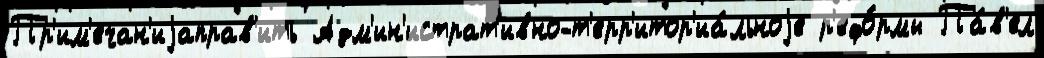
Пр'им'ечан'иjаправ'ить Адм'ин'истрат'ивно-т'ерр'итор'иа́льноjе р'ефо́рмы Па́в'ел